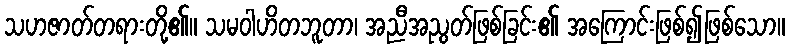
သဟဇာတ်တရားတို့၏။ သမဝါဟိတဘူတာ၊ အညီအညွတ်ဖြစ်ခြင်း၏ အကြောင်းဖြစ်၍ဖြစ်သော။